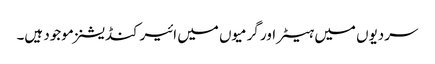
سردیوں میں ہیٹر اور گرمیوں میں ائیرکنڈیشنز موجود ہیں۔